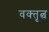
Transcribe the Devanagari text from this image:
वक्‍तृत्व